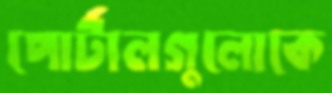
পোর্টালগুলোকে